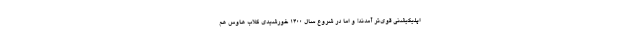
اپلیکیشنی قوی‌تر آمدند! و اما در شروع سال 1400 خورشیدی کلاب هاوس هم